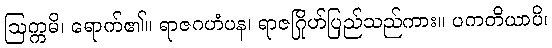
ဩက္ကမိ၊ ရောက်၏။ ရာဇဂဟံပန၊ ရာဇဂြိုဟ်ပြည်သည်ကား။ ပကတိယာပိ၊